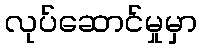
လုပ်ဆောင်မှုမှာ